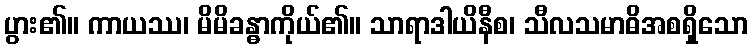
ပွား၏။ ကာယဿ၊ မိမိခန္ဓာကိုယ်၏။ သာရာဒါယိနီစ၊ သီလသမာဓိအစရှိသော